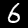
Label: 6